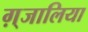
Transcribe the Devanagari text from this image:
ग़्जालिया